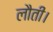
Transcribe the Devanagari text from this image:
लौती।